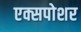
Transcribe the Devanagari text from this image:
एक्सपोशर